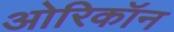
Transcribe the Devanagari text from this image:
ओरिकॉन